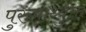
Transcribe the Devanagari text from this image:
पुरुषार्थ्युक्त